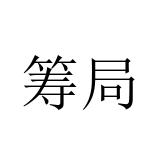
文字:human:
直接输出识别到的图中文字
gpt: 筹局